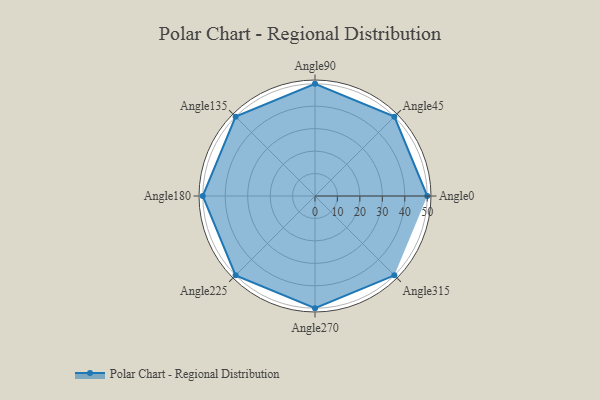
{"axis": {"x": "Angle", "y": "Radius"}, "legend": [""], "data": [{"x": "Angle0", "y": 50.0, "type": ""}, {"x": "Angle45", "y": 50, "type": ""}, {"x": "Angle90", "y": 50, "type": ""}, {"x": "Angle135", "y": 50, "type": ""}, {"x": "Angle180", "y": 50, "type": ""}, {"x": "Angle225", "y": 50, "type": ""}, {"x": "Angle270", "y": 50, "type": ""}, {"x": "Angle315", "y": 50, "type": ""}]}